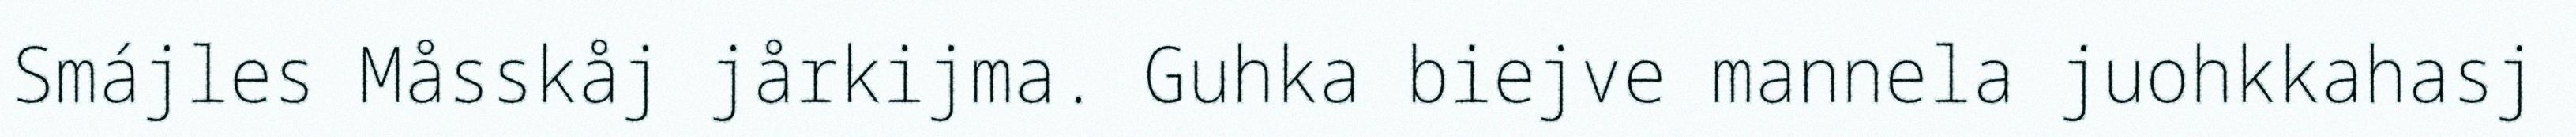
Smájles Måsskåj jårkijma. Guhka biejve mannela juohkkahasj